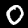
Digit: 0